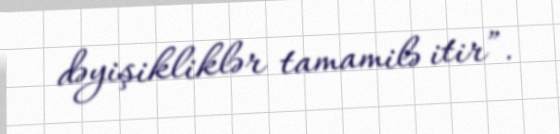
dəyişikliklər tamamilə itir”.